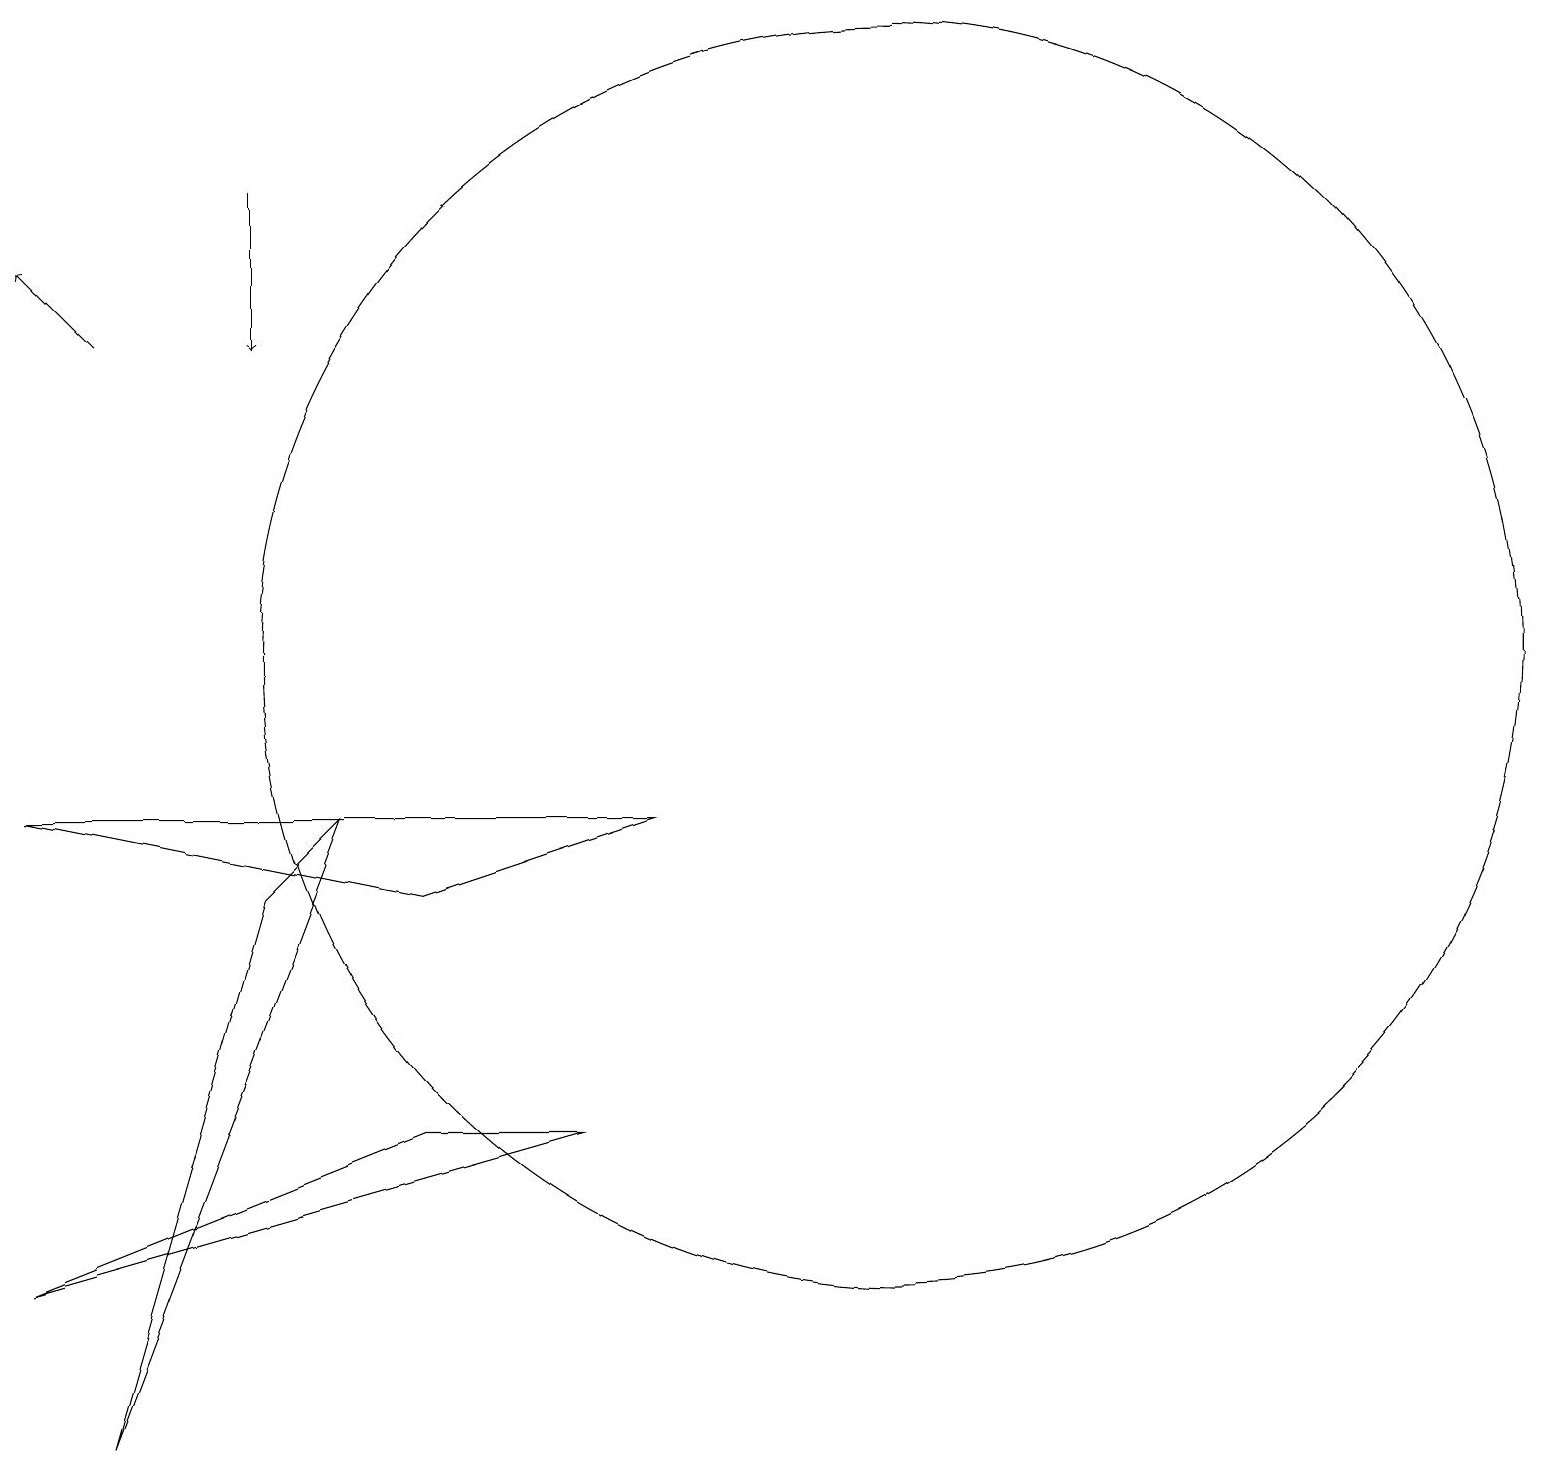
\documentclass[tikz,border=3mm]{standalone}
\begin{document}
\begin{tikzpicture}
\draw (5,5) -- (7,5) -- (0,3) -- cycle;
\draw (8,9) -- (5,8) -- (0,9) -- cycle;
\draw[->] (1,15) -- (0,16);
\draw[->] (3,17) -- (3,15);
\draw (11,11) circle (8);
\draw (3,8) -- (4,9) -- (1,1) -- cycle;
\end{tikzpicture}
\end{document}